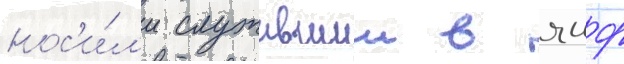
нос'и́л'и служившии в яиф